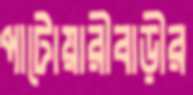
পাটোয়ারীবাড়ীর